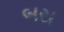
બસ